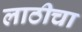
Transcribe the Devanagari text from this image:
लाठीचा